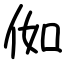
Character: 侞